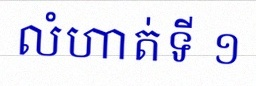
លំហាត់ទី ១